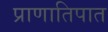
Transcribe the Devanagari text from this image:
प्राणातिपात